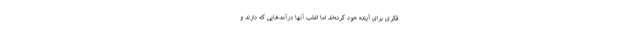
فکری برای آینده خود کرده‌اند اما اغلب آنها درآمد‌هایی که دارند و